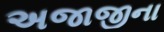
અજાજીના